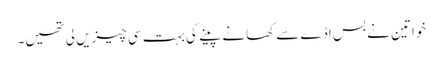
خواتین نے بس اڈے سے کھانے پینے کی بہت سی چیزیں لی تھیں۔